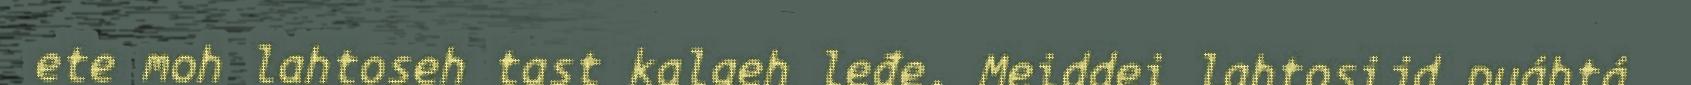
ete moh lahtoseh tast kalgeh leđe. Meiddei lahtosijd puáhtá